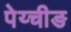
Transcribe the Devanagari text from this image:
पेय्चीङ